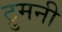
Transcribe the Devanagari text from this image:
ट्रुमनी